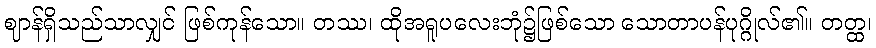
ဈာန်ရှိသည်သာလျှင် ဖြစ်ကုန်သော။ တဿ၊ ထိုအရူပလေးဘုံ၌ဖြစ်သော သောတာပန်ပုဂ္ဂိုလ်၏။ တတ္ထ၊